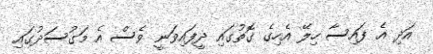
އަދި އެ ފައިސާ ހިލޭ އެހިގެ ގޮތުގައި ދީފައިވަނީ ވެސް އެ މަގުސަދުގައި